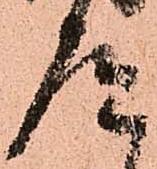
道